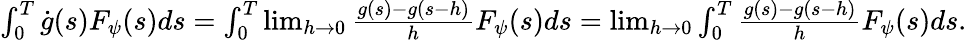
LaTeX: \begin{array}{r}{\int_{0}^{T}\dot{g}(s)F_{\psi}(s)ds=\int_{0}^{T}\operatorname*{lim}_{h\rightarrow 0}\frac{g(s)-g(s-h)}{h}F_{\psi}(s)ds=\operatorname*{lim}_{h\rightarrow 0}\int_{0}^{T}\frac{g(s)-g(s-h)}{h}F_{\psi}(s)ds.}\end{array}